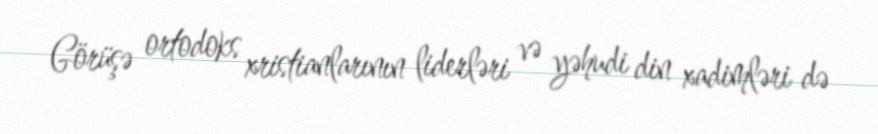
Görüşə ortodoks xristianlarının liderləri və yəhudi din xadimləri də